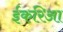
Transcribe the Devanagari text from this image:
ईकरिआ